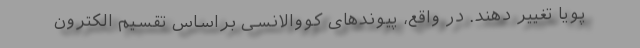
پویا تغییر دهند. در واقع، پیوندهای کووالانسی براساس تقسیم الکترون